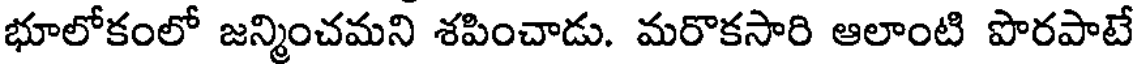
భూలోకంలో జన్మించమని శపించాడు. మరొకసారి ఆలాంటి పొరపాటే